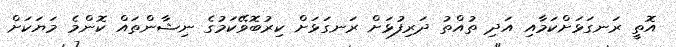
އޮތީ ރަނގަޅަށްކަމާއި އަދި ތުއްތު ދަރިފުޅަށް ރަނގަޅަށް ކިރުބޮވޭކަމުގެ ނިޝާންތައް ކޮންމެ މަޔަކަށް